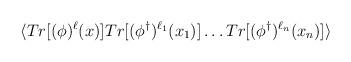
LaTeX: \begin{align*}\langle Tr[(\phi)^{\ell}(x)] Tr[(\phi^{\dagger})^{\ell_{1}}(x_{1})] \ldots Tr[(\phi^{\dagger})^{\ell_{n}}(x_{n})] \rangle \end{align*}